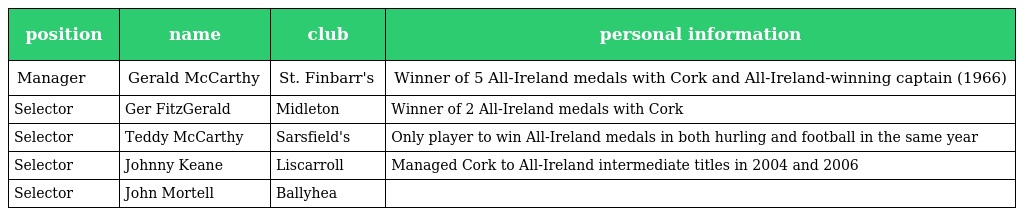
| position | name | club | personal information |
 | --- | --- | --- | --- |
 | Manager | Gerald McCarthy | St. Finbarr's | Winner of 5 All-Ireland medals with Cork and All-Ireland-winning captain (1966) |
 | Selector | Ger FitzGerald | Midleton | Winner of 2 All-Ireland medals with Cork |
 | Selector | Teddy McCarthy | Sarsfield's | Only player to win All-Ireland medals in both hurling and football in the same year |
 | Selector | Johnny Keane | Liscarroll | Managed Cork to All-Ireland intermediate titles in 2004 and 2006 |
 | Selector | John Mortell | Ballyhea |  |